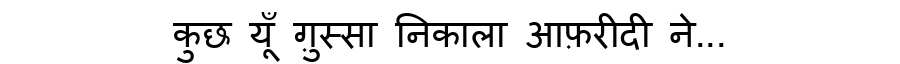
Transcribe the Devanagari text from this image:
कुछ यूँ ग़ुस्सा निकाला आफ़रीदी ने...